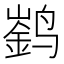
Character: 𮹚